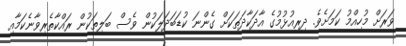
ވަރަށް މުހިއްމު ކަމަށެވެ. ދިރިއުޅުމުގެ އާދަކާދަތަކަށް ގެންނަ ކުޑަބަދަލަކުން ވެސް ބަލިތަކުން ރައްކާތެރިވާނެކަމާއި